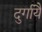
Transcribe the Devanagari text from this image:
दुर्गायै